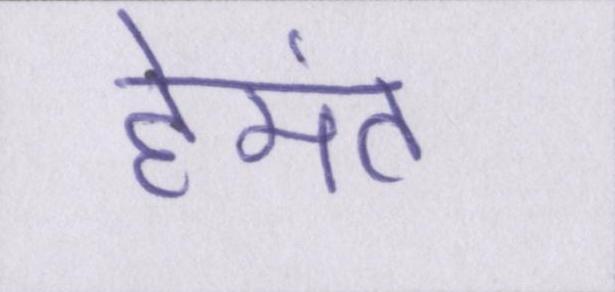
हेमंत